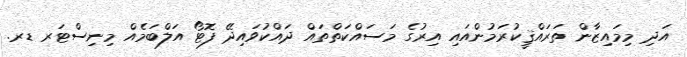
އަދި މިމައިޒާން ތަރައްޤީކުރަމުންއައި އިރުގެ މަސައްކަތްތައް ދައްކުވައިދޭ ފޮޓޯ އަލްބަމެއް މިނިސްޓަރ ޑރ.